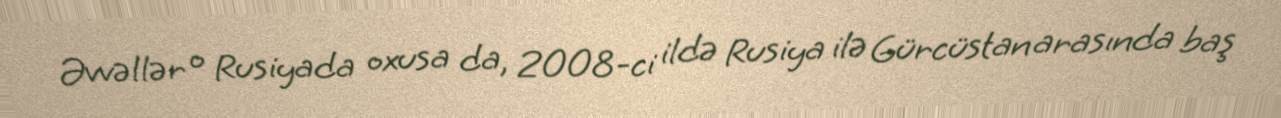
Əvvəllər o Rusiyada oxusa da, 2008-ci ildə Rusiya ilə Gürcüstan arasında baş